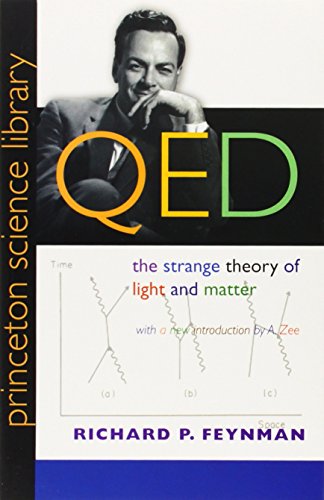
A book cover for QED: The Strange Theory of Light and Matter (Princeton Science Library); Richard P. Feynman; Science & Math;